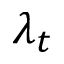
\lambda _ { t }